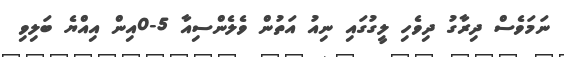
ނަމަވެސް ދިރާގު ދިވެހި ލީގުގައި ނިއު އަތުން ވެލެންސިއާ 5-0އިން އިއްޔެ ބަލިވި